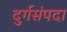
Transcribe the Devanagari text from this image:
दुर्गसंपदा